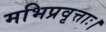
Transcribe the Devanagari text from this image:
मभिप्रवृत्ताः।